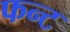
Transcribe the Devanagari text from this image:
फन्ट